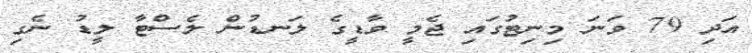
އަދި 79 ވަނަ މިނިޓުގައި ޖެމީ ވާޑީގެ ލަނޑުން ލެސްޓާ ލީޑު ނެގި